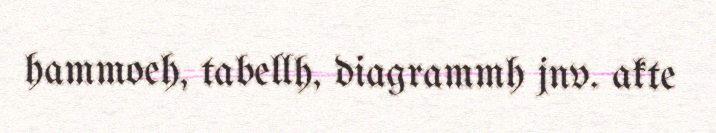
hammoeh, tabellh, diagrammh jnv. akte